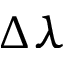
\Delta \lambda